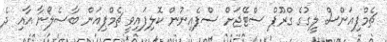
ޗެމްޕިއަންސް ލީގުގެ ގްރޫޕް ސްޓޭޖަށް ސްޕެއިނުން ކޮލިފައިވީ ޗެމްޕިއަން ބާސެލޯނާ އާއި ދެ